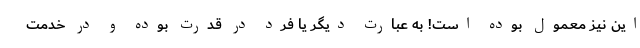
این نیز معمول بوده است! به عبارت دیگر یا فرد در قدرت بوده و در خدمت